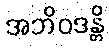
အဘိဝဒန္တိ